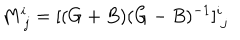
M _ { \ j } ^ { i } = [ ( G + B ) ( G - B ) ^ { - 1 } ] _ { \ j } ^ { i }